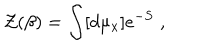
{ \cal Z } ( \beta ) = \int [ d \mu _ { x } ] e ^ { - S } \; ,